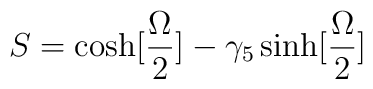
S= \cosh [{\Omega \over 2}] - \gamma_5 \sinh [{\Omega \over 2}]